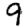
Digit: 9